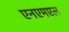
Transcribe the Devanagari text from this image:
एनएमएल